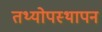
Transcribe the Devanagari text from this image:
तथ्योपस्थापन